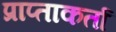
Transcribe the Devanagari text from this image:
प्राप्ताकर्ता